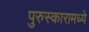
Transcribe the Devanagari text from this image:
पुरुस्कारामध्ये